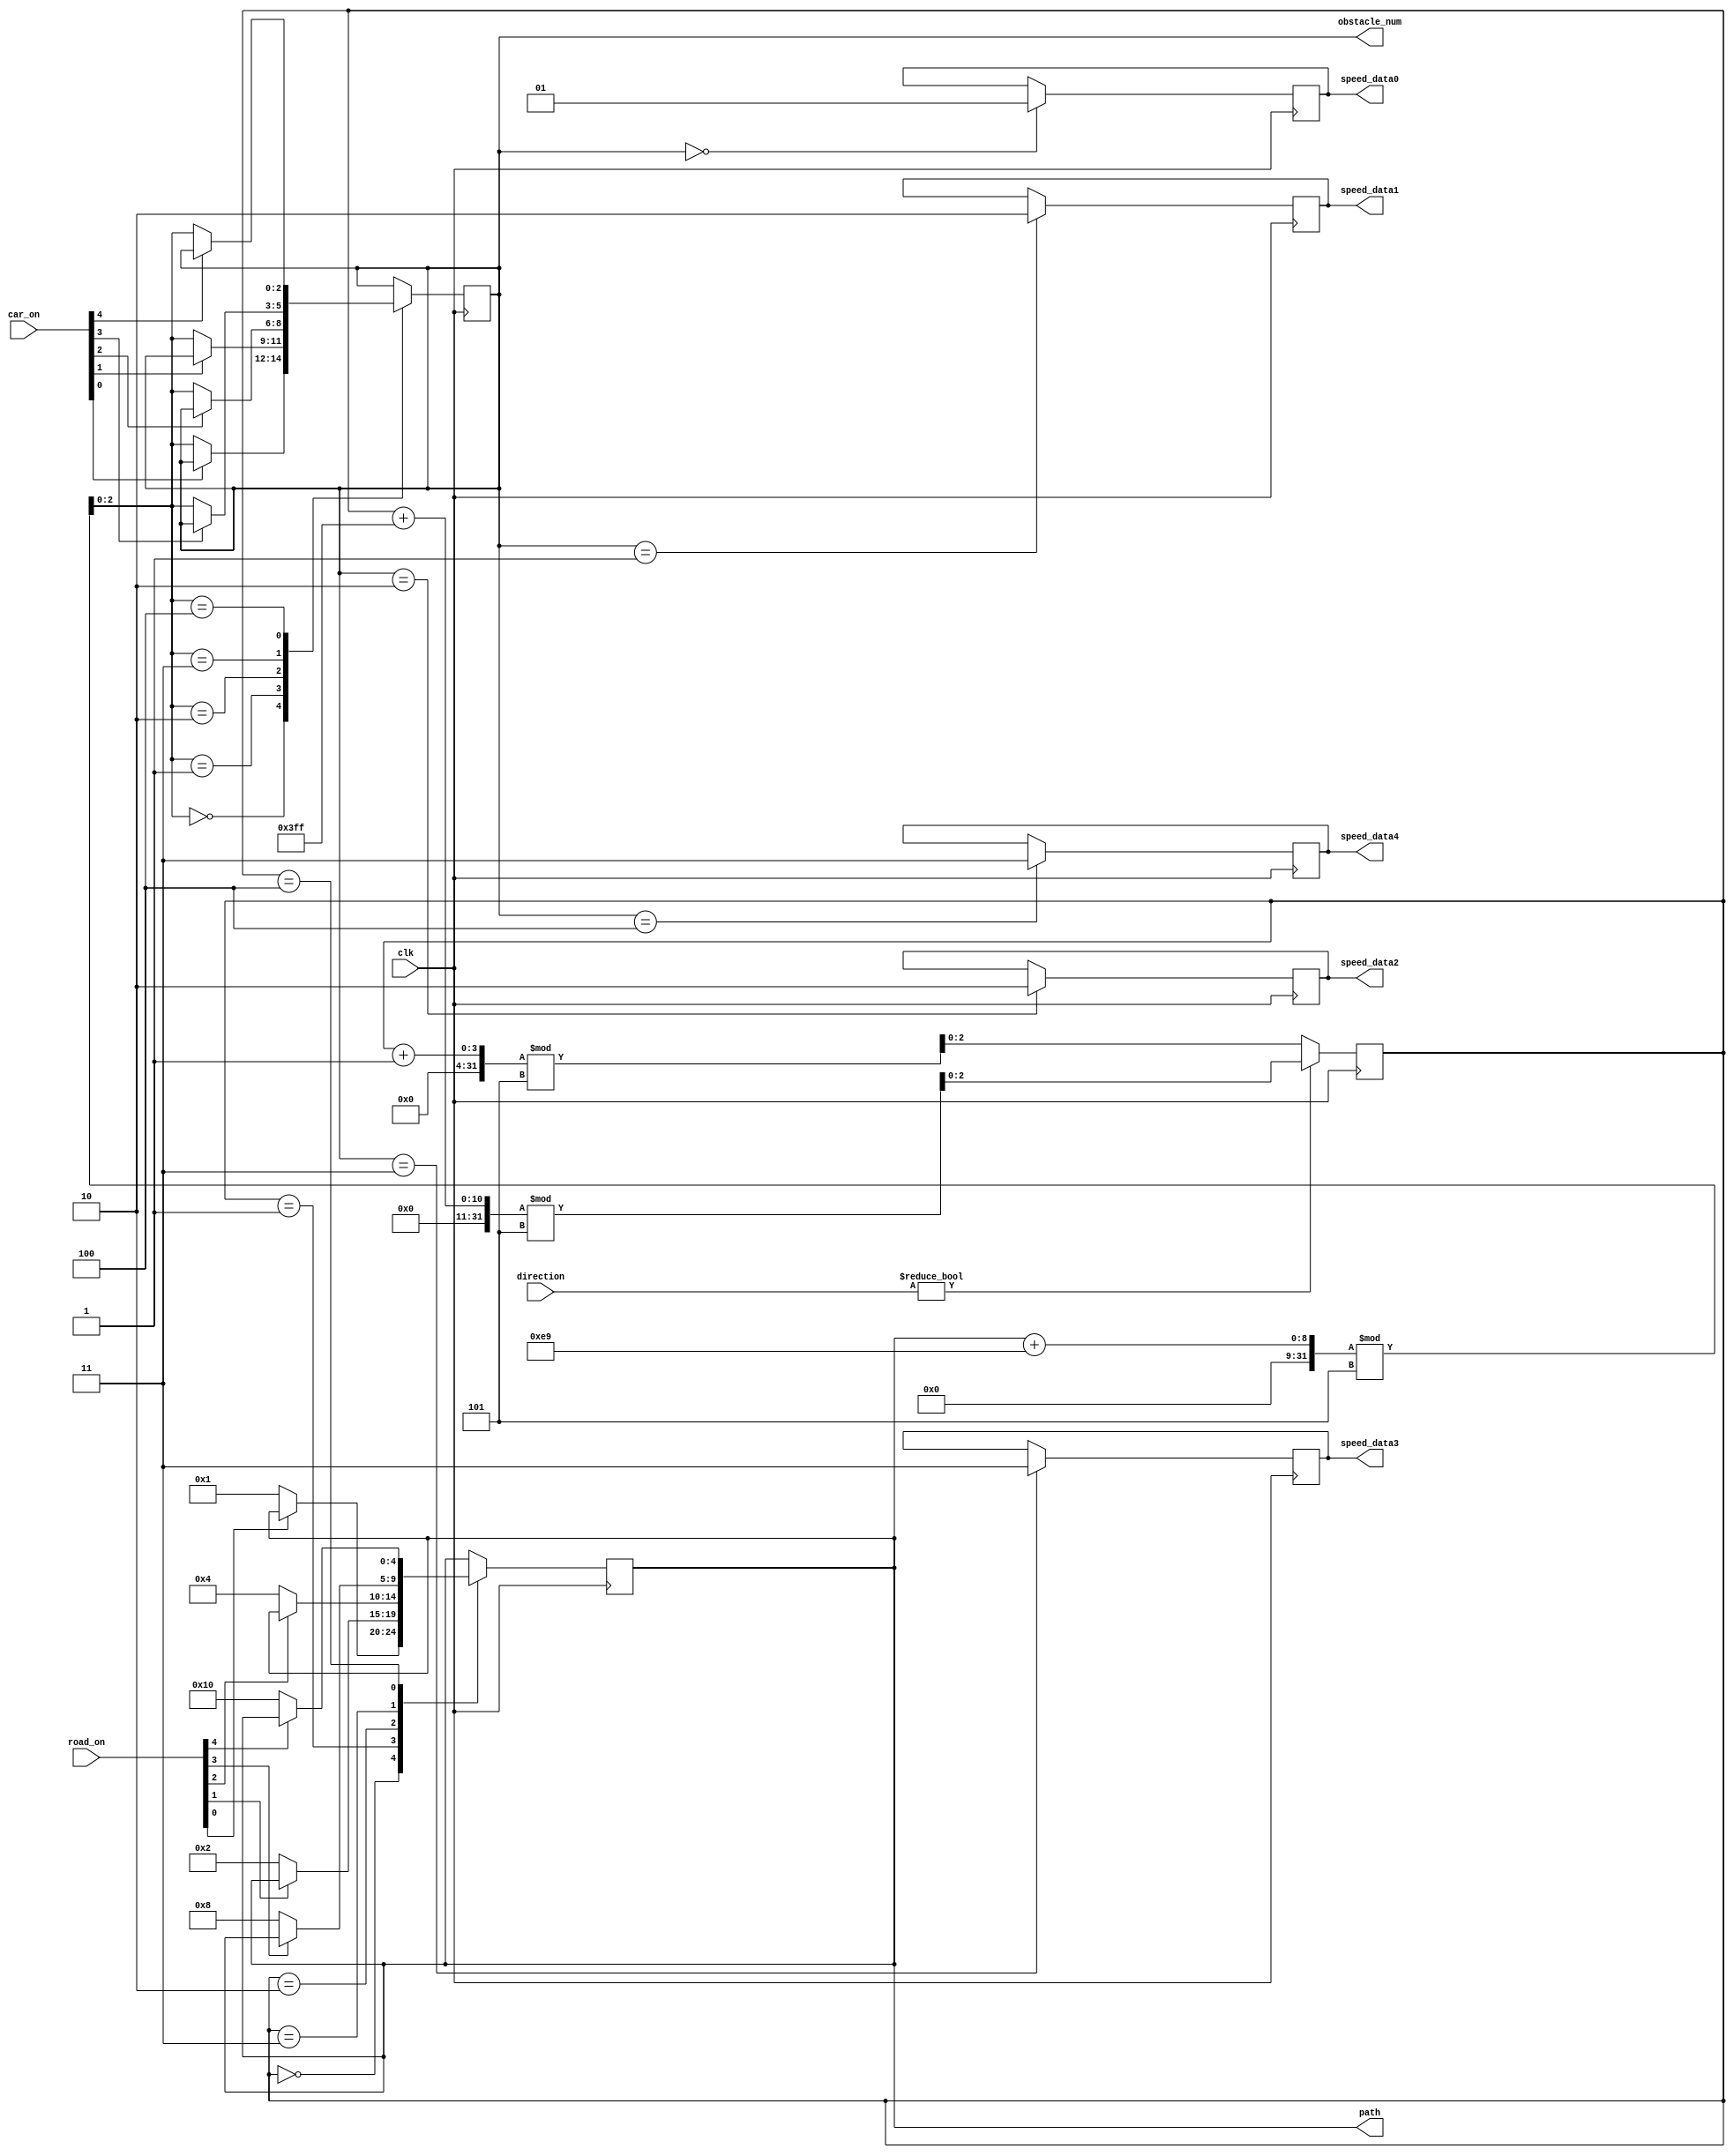
module Random(
    input wire clk,
	input wire [3:0] direction,
	input wire [4:0] road_on, car_on,
	output reg [4:0] path,
	output reg [1:0] speed_data0, speed_data1, speed_data2, speed_data3, speed_data4,
	output reg [2:0] obstacle_num
	);
	
	reg [ 2:0] x;
	reg [10:0] cnt;
	wire [2:0] temp_num;
	
	initial
	begin
		x   <= 3'b0;
		cnt <= 11'b0;
	end
	
	assign temp_num = (path + 233) % 5;
	
	always @ (posedge clk)
	begin
		if (direction != 4'b0)
		begin
			x   <= (x + 1023) % 5;
			cnt <= cnt + 1023;
		end
		else
		begin
			x   <= (x + 1) % 5;
			cnt <= cnt + 1;
		end
		
		case (temp_num)
			3'b000:
			begin
				if (car_on[0] != 1'b1)
				begin
					obstacle_num <= temp_num;
				end
			end
			3'b001:
			begin
				if (car_on[1] != 1'b1)
				begin
					obstacle_num <= temp_num;
				end
			end
			3'b010:
			begin
				if (car_on[2] != 1'b1)
				begin
					obstacle_num <= temp_num;
				end
			end
			3'b011:
			begin
				if (car_on[3] != 1'b1)
				begin
					obstacle_num <= temp_num;
				end
			end
			3'b100:
			begin
				if (car_on[4] != 1'b1)
				begin
					obstacle_num <= temp_num;
				end
			end
		endcase
		
		case (x)
			3'b000:
			begin
				if (road_on[0] != 1'b1)
				begin
					path <= 5'b00001;
				end
			end
			3'b001:
			begin
				if (road_on[1] != 1'b1)
				begin
					path <= 5'b00010;
				end
			end
			3'b010:
			begin
				if (road_on[2] != 1'b1)
				begin
					path <= 5'b00100;
				end
			end
			3'b011:
			begin
				if (road_on[3] != 1'b1)
				begin
					path <= 5'b01000;
				end
			end
			3'b100:
			begin
				if (road_on[4] != 1'b1)
				begin
					path <= 5'b10000;
				end
			end
		endcase
		
		case (obstacle_num)
			3'b000:
			begin
				speed_data0 <= 1;
			end
			3'b001:
			begin
				speed_data1 <= 2;
			end
			3'b010:
			begin
				speed_data2 <= 2;
			end
			3'b011:
			begin
				speed_data3 <= 3;
			end
			3'b100:
			begin
				speed_data4 <= 3;
			end
		endcase
	end
		
endmodule